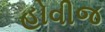
હોવીજ